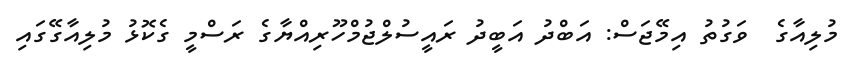
މުލިއާގެ  ވަގުތު އިމޭޖަސް: އަބްދު އަބީދު ރައީސުލްޖުމްހޫރިއްޔާގެ ރަސްމީ ގެކޮޅު މުލިއާގޭގައި